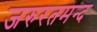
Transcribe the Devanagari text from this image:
जरुरतमन्द